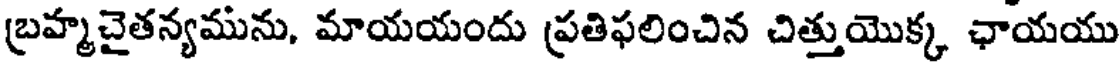
బ్రహ్మచైతన్యమును, మాయయందు ప్రతిఫలించిన చిత్తుయొక్క ఛాయయు